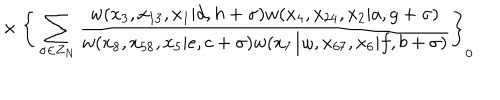
{ } ~ \times \Bigg \{ \sum _ { \sigma \in Z _ { N } } \frac { w ( x _ { 3 } , x _ { 1 3 } , x _ { 1 } | d , h + \sigma ) w ( x _ { 4 } , x _ { 2 4 } , x _ { 2 } | a , g + \sigma ) } { w ( x _ { 8 } , x _ { 5 8 } , x _ { 5 } | e , c + \sigma ) w ( x _ { 7 } / \omega , x _ { 6 7 } , x _ { 6 } | f , b + \sigma ) } \Bigg \} _ { 0 }